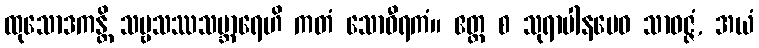
ထုသောဒကန္တိ သဗ္ဗသဿသမ္ဘာရေဟိ ကတံ သောဝီရကံ။ ဧတ္ထ စ သုရာပါနမေဝ သာဝဇ္ဇံ, အယံ